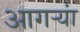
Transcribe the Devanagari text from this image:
आगऱ्यां